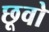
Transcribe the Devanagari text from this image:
छूवो